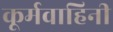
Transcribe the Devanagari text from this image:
कूर्मवाहिनी